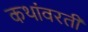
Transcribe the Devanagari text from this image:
कथांवरती